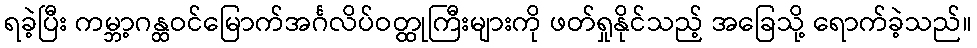
ရခဲ့ပြီး ကမ္ဘာ့ဂန္ထဝင်မြောက်အင်္ဂလိပ်ဝတ္ထုကြီးများကို ဖတ်ရှုနိုင်သည့် အခြေသို့ ရောက်ခဲ့သည်။